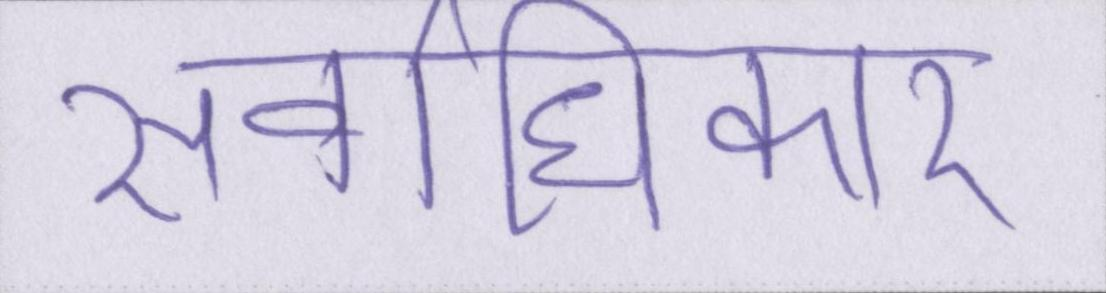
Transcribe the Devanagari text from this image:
सर्वाधिकार